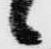
々